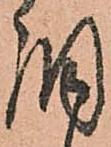
調